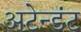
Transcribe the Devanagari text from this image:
अटेन्डंट